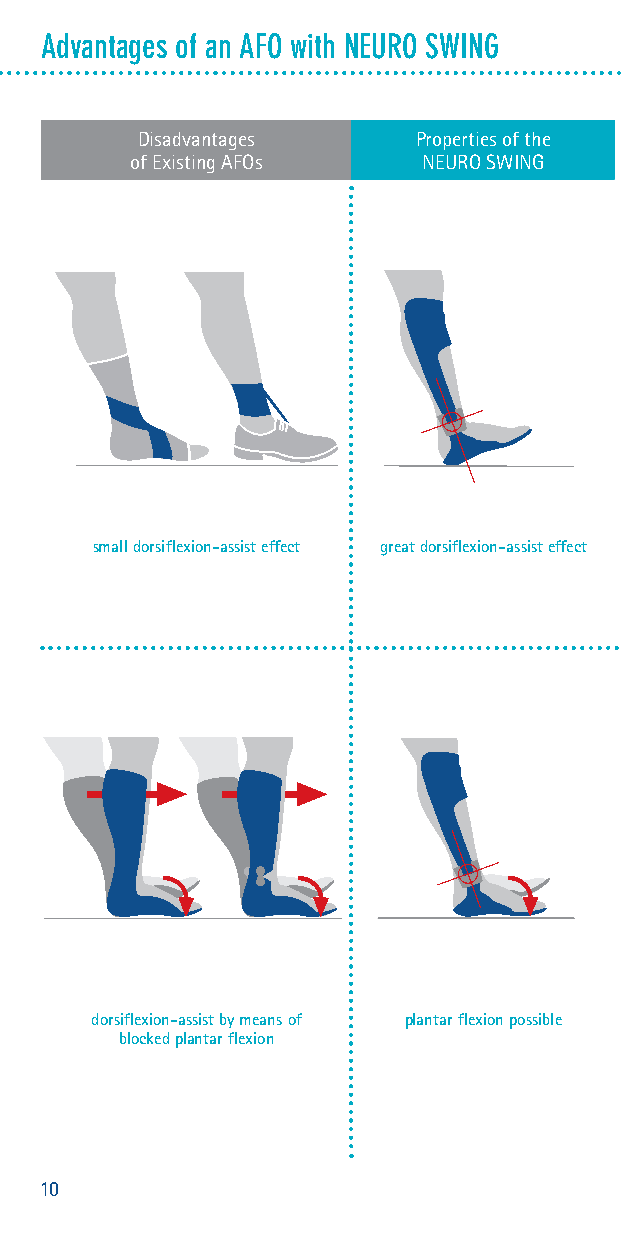
Advantages of an AFO with NEURO SWING
 Disadvantages     Properties of the
 Description
 of Existing AFOs   NEURO SWING
 AFOs keep the foot in a neutral position or in slight dorsiflexion.
 This enables the affected leg to swing freely without stumbling dur-
 ing swing phase. Additionally, the heel is set on the ground at initial
 contact. Certain bandages were designed to provide a similar effect.
 However, the dorsiflexion-assist effect is usually too weak to keep
 the foot in a neutral position. This deficit is evident in compensation
 mechanisms such as a strong hip elevation or an external rotation
 of the leg during swing phase. Each spring unit of the NEURO
 SWING system ankle joint is strong enough to keep the foot in the
 set position, thus enabling the affected leg to swing freely without
 small dorsiflexion-assist effect great dorsiflexion-assist effect stumbling and to perform initial contact with the heel.
 By means of the blocked plantar flexion, the dorsiflexion is effec-
 tively assisted during swing phase. But as a consequence, an
 increased knee flexion moment, leading to an enormous stress on
 the m. quadriceps (comparable to walking with a ski boot). This
 enormous stress can cause an increased hyperflexion in the knee
 that is unphysiological at patients whose quadriceps and gastroc-
 nemius muscles are too weak [Goe, p. 134ff.; Per, p. 195].
 A qualified physiotherapist uses the physiological plantar flexion
 to treat insufficient muscle groups. The right cerebral connections
 are established through motor impulses [Hor, p. 5-26] and sin-
 gle muscle groups are strengthened with targeted muscle training
 dorsiflexion-assist by means of plantar flexion possible
 [Goe, p. 98ff.].
 blocked plantar flexion
 10